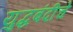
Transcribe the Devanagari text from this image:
युद्धबंदीचे